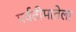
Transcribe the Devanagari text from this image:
पर्वतीमातेला